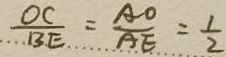
\frac { O C } { B E } = \frac { A O } { A E } = \frac { 1 } { 2 }